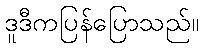
ဒူဒီကပြန်ပြောသည်။